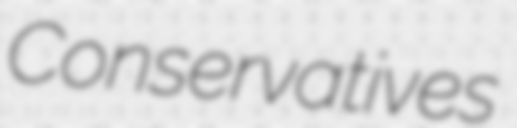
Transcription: Conservatives